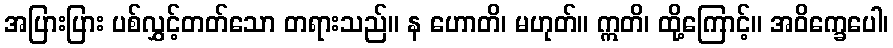
အပြားပြား ပစ်လွှင့်တတ်သော တရားသည်။ န ဟောတိ၊ မဟုတ်။ ဣတိ၊ ထို့ကြောင့်။ အဝိက္ခေပေါ၊